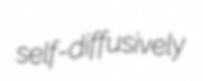
self-diffusively